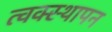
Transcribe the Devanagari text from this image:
त्वक्स्थापन